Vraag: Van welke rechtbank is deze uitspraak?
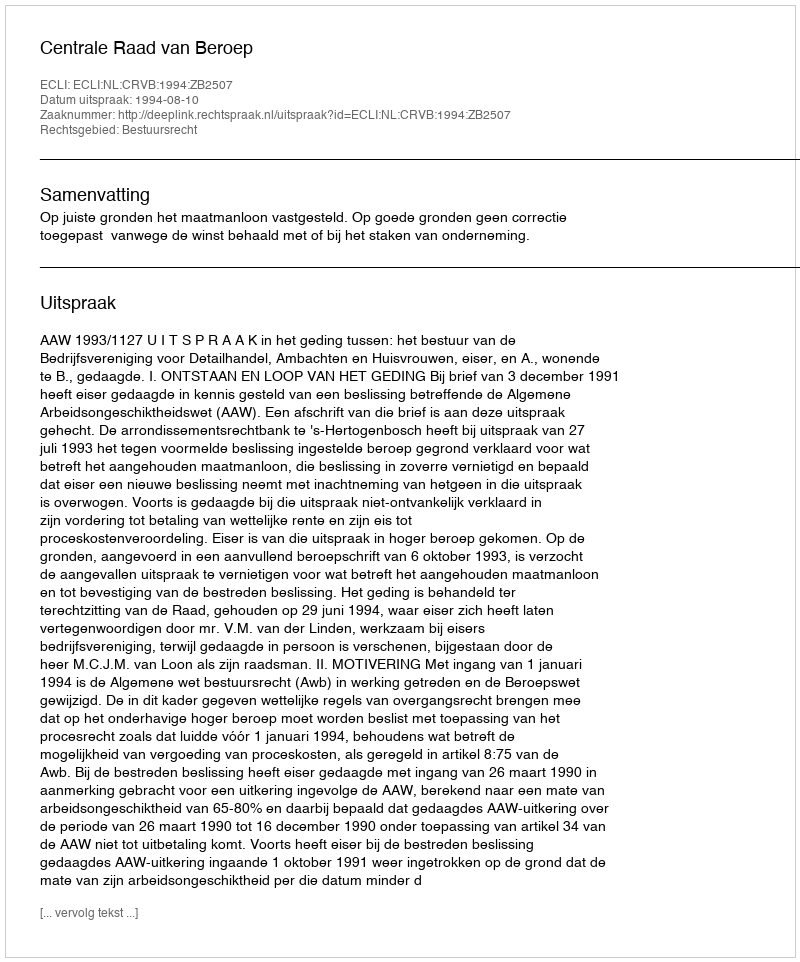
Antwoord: Centrale Raad van Beroep